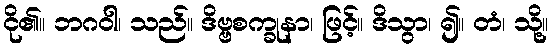
ငို၏။ ဘဂဝါ၊ သည်။ ဒိဗ္ဗစက္ခုနာ၊ ဖြင့်။ ဒိသွာ၊ ၍။ တံ၊ သို့။